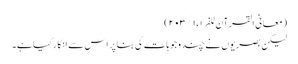
(معانی القرآن للفراء ١/ ٢٠٣)
لیکن بصریوں نے چند وجوہات کی بنا پر اس سے انکار کیا ہے۔